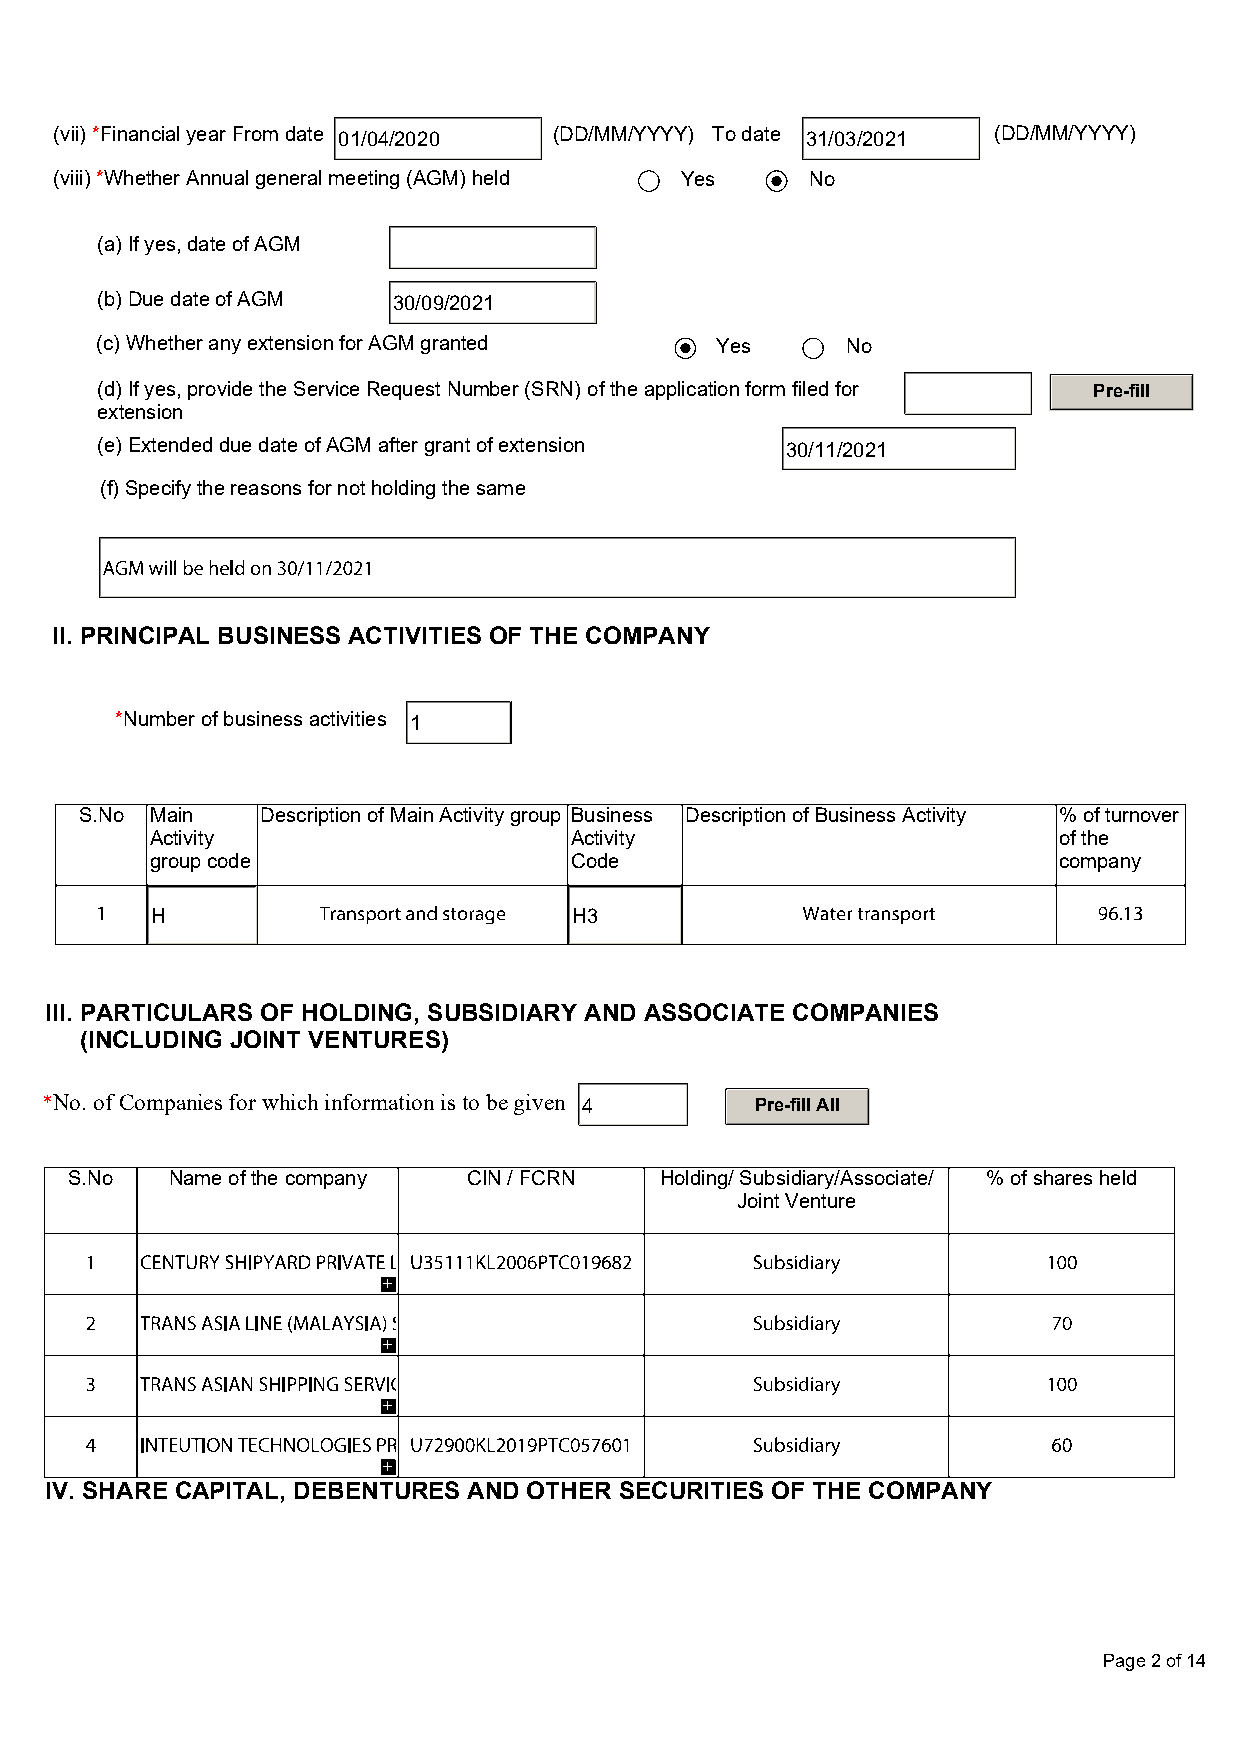
(vii) *Financial year From date 01/04/2020 (DD/MM/YYYY) To date 31/03/2021 (DD/MM/YYYY)
 (viii) *Whether Annual general meeting (AGM) held Yes No
 (a) If yes, date of AGM
 (b) Due date of AGM 30/09/2021
 (c) Whether any extension for AGM granted Yes     No
 (d) If yes, provide the Service Request Number (SRN) of the application form filed for Pre-fill
 extension
 (e) Extended due date of AGM after grant of extension 30/11/2021
 (f) Specify the reasons for not holding the same
 II. PRINCIPAL BUSINESS ACTIVITIES OF THE COMPANY
 *Number of business activities 1
 S.No Main   Description of Main Activity group Business Description of Business Activity % of turnover
 Activity                    Activity                        of the
 group code                  Code                            company
 H                           H3
 III. PARTICULARS OF HOLDING, SUBSIDIARY AND ASSOCIATE COMPANIES
 (INCLUDING JOINT VENTURES)
 *No. of Companies for which information is to be given 4 Pre-fill All
 S.No  Name of the company CIN / FCRN   Holding/ Subsidiary/Associate/ % of shares held
 Joint Venture
 IV. SHARE CAPITAL, DEBENTURES AND OTHER SECURITIES OF THE COMPANY
 Page 2 of 14